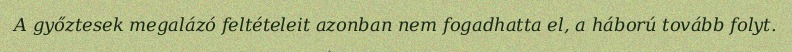
A győztesek megalázó feltételeit azonban nem fogadhatta el, a háború tovább folyt.